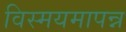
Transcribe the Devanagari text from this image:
विस्मयमापन्न